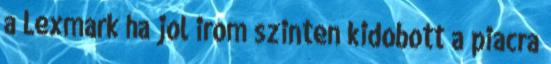
a Lexmark ha jol irom szinten kidobott a piacra